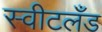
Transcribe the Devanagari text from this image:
स्वीटलँड